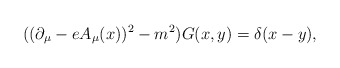
\begin{align*}((\partial_\mu - e A_\mu(x) )^2 -m^2 ) G(x,y) = \delta(x-y),\end{align*}